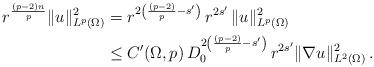
LaTeX: \begin{align*}r^{\frac{(p-2)n}{p}} \|u\|^2_{L^{p}(\Omega)} & =r^{2\left(\frac{(p-2)}{p}-s'\right)} \,r^{2s'}\,\|u\|^2_{L^{p}(\Omega)}\\& \le C'(\Omega,p) \,D_0^{2\left(\frac{(p-2)}{p}-s'\right)}\,r^{2s'}\|\nabla u\|_{L^2(\Omega)}^2\,.\end{align*}